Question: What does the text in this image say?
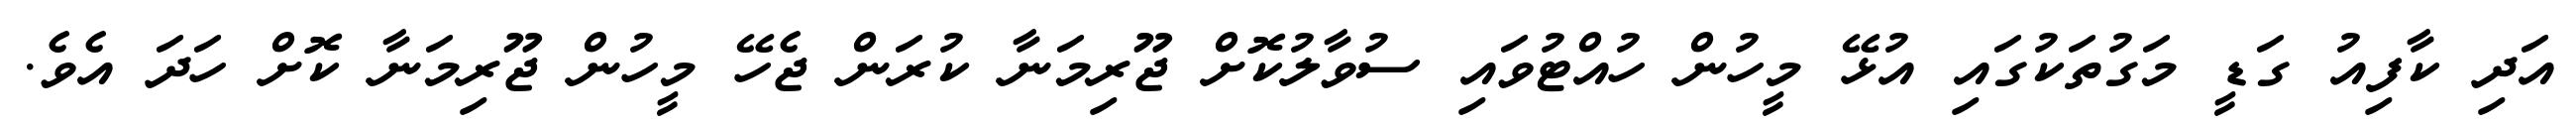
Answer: އަދި ކާފިއު ގަޑީ މަގުތަކުގައި އުޅޭ މީހުން ހުއްޓުވައި ސުވާލުކޮށް ޖޫރިމަނާ ކުރަން ޖެހޭ މީހުން ޖޫރިމަނާ ކޮށް ހަދަ އެވެ.